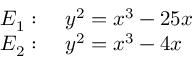
\begin{array} { r l } { E _ { 1 } : } & { { } { \mathrm { ~ } } y ^ { 2 } = x ^ { 3 } - 2 5 x } \\ { E _ { 2 } : } & { { } { \mathrm { ~ } } y ^ { 2 } = x ^ { 3 } - 4 x } \end{array}